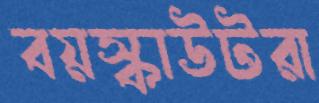
বয়স্কাউটরা